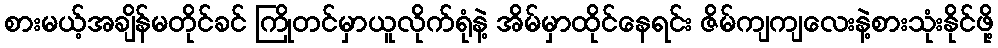
စားမယ့်အချိန်မတိုင်ခင် ကြိုတင်မှာယူလိုက်ရုံနဲ့ အိမ်မှာထိုင်နေရင်း ဇိမ်ကျကျလေးနဲ့စားသုံးနိုင်ဖို့